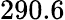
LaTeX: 290.6